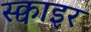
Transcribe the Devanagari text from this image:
स्क्वाइर